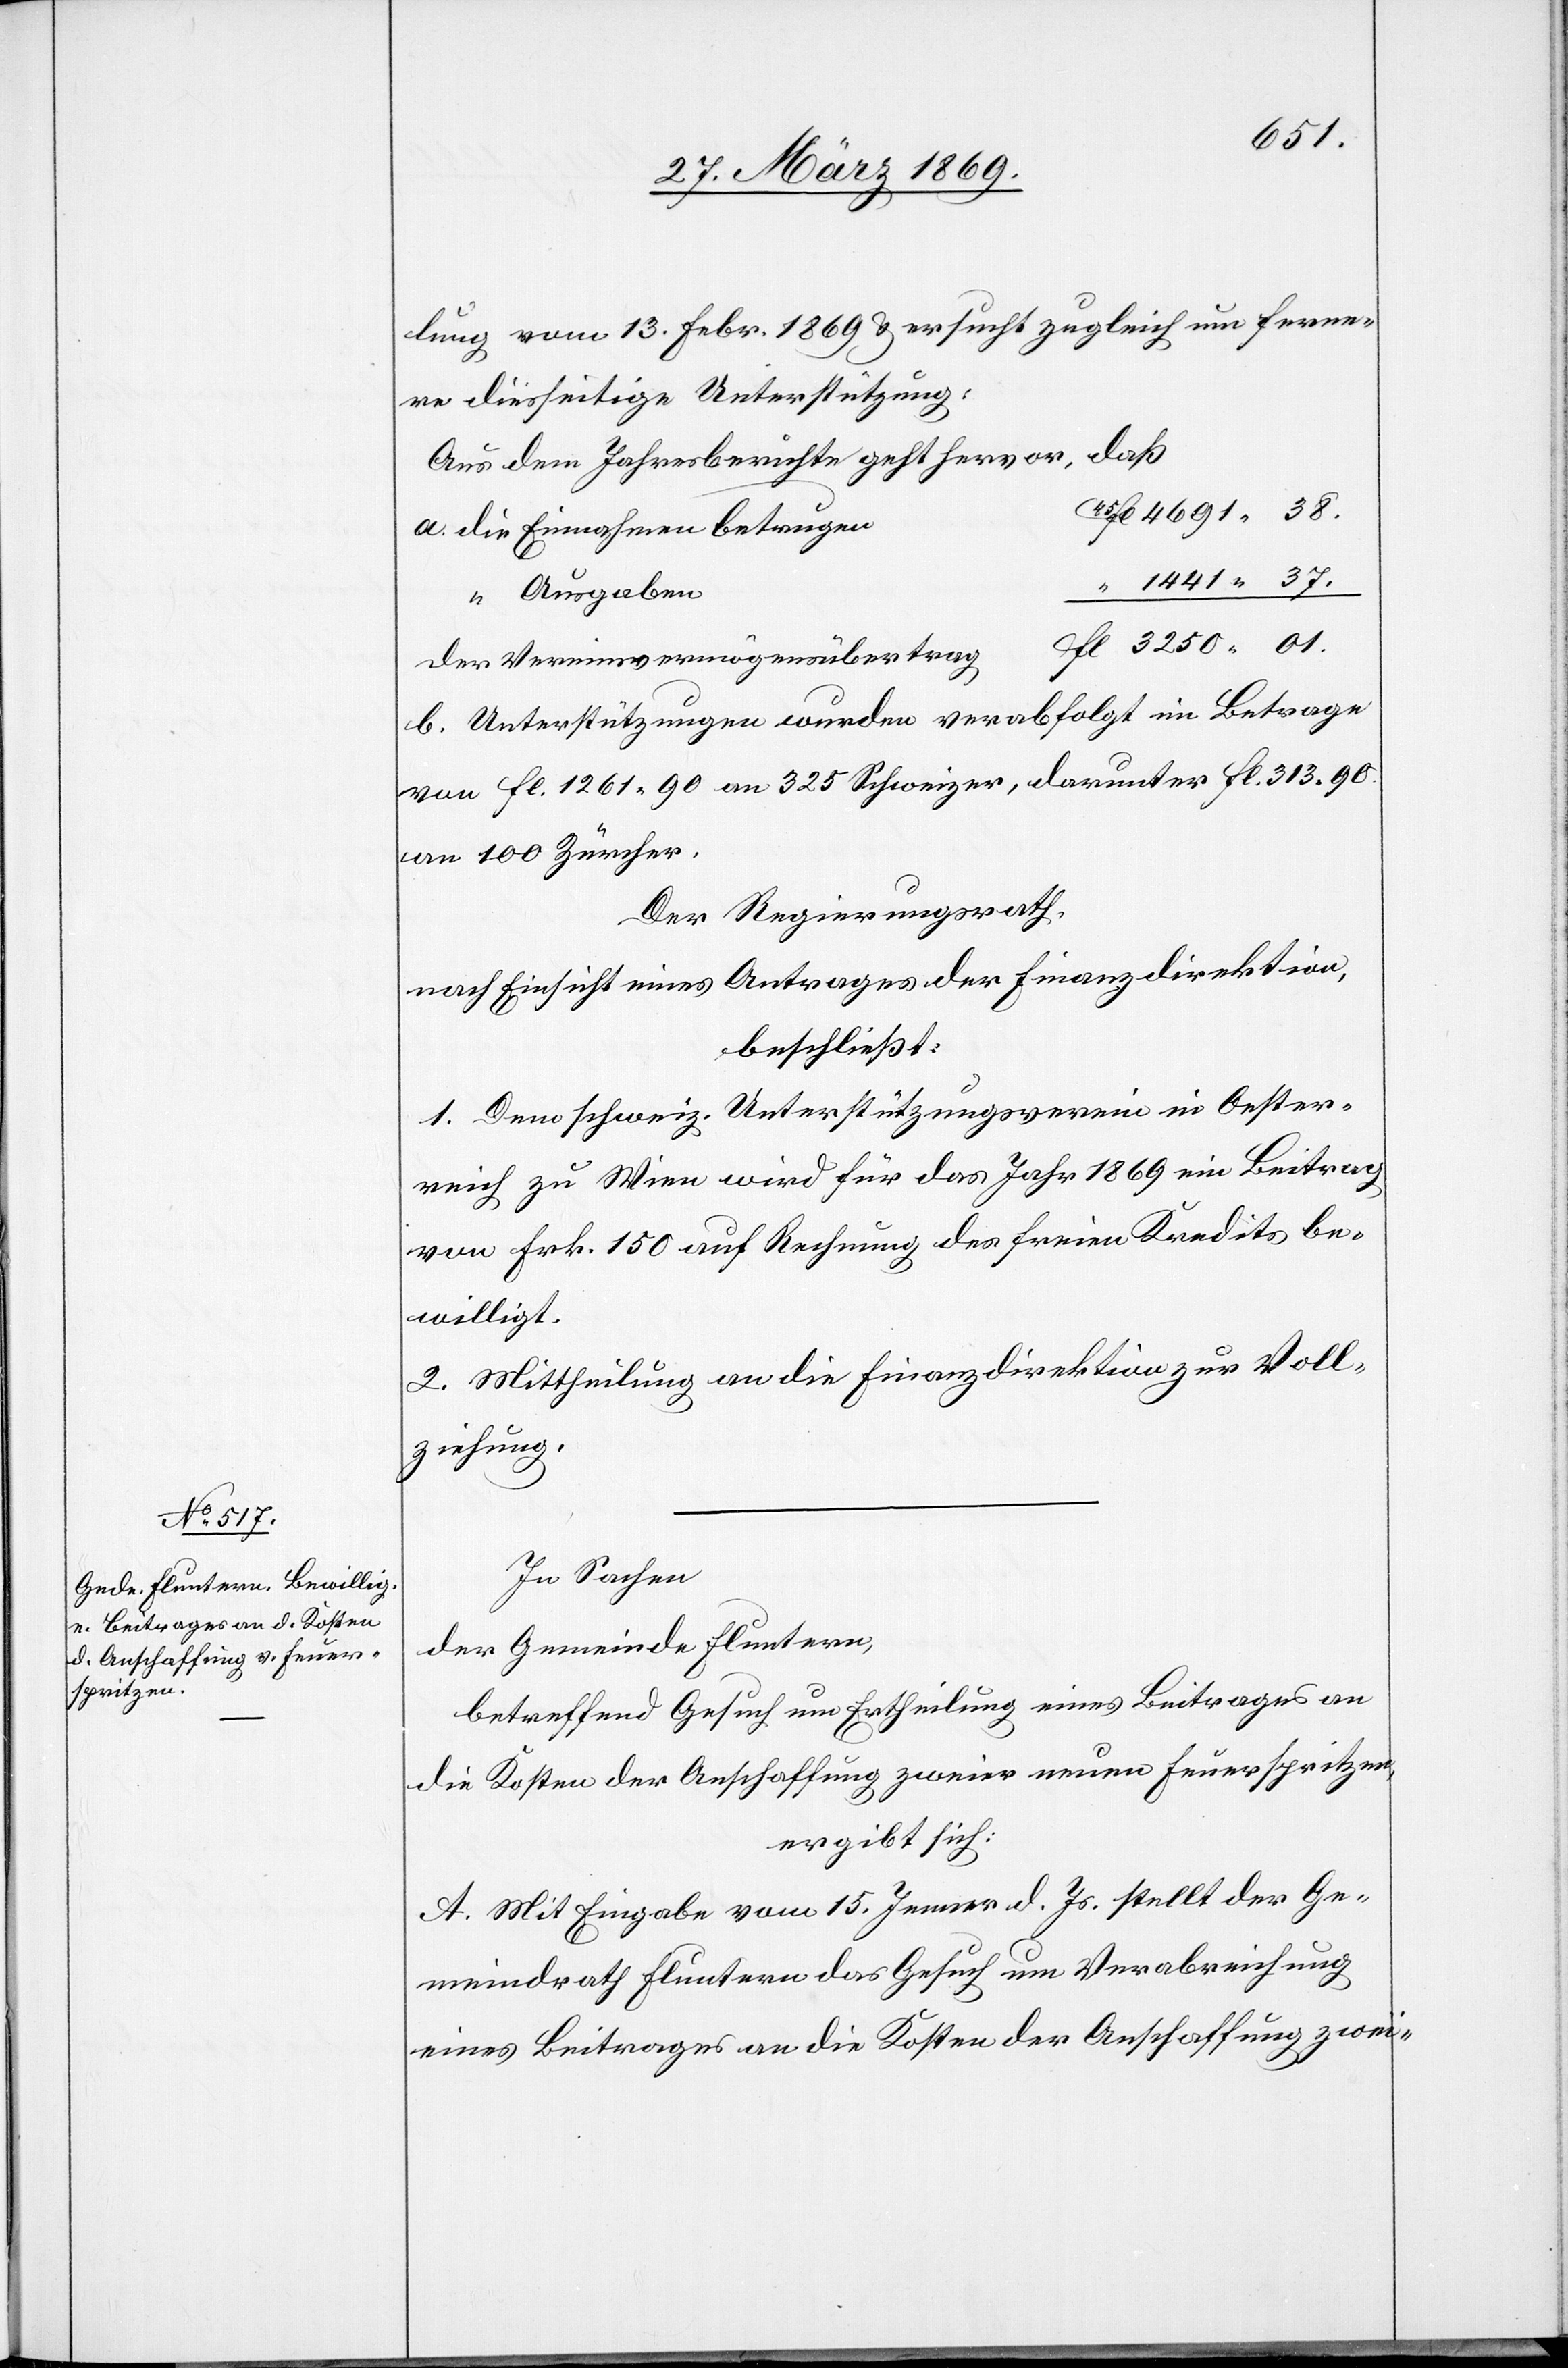
01.
lung vom 13. Febr. 1869 u. ersucht zugleich um ferne¬
re diesseitige Unterstützung:
Aus dem Jahresberichte geht hervor, daß
a. die Einnahmen betrugen
“ Ausgaben
Der Vereinsvermögensübertrag
b. Unterstützungen wurden verabfolgt im Betrage
von Fl. 1261 90 an 325 Schweizer, darunter Fl. 313 90
an 100 Zürcher.
Der Regierungsrath,
nach Einsicht eines Antrages der Finanzdirektion,
beschließt:
1. Dem schweiz. Unterstützungsverein in Oester¬
reich zu Wien wird für das Jahr 1869 ein Beitrag
von Frk. 150 auf Rechnung des freien Kredits be¬
willigt.
2. Mittheilung an die Finanzdirektion zur Voll¬
ziehung.
In Sachen
der Gemeinde Fluntern,
betreffend Gesuch um Ertheilung eines Beitrages an
die Kosten der Anschaffung zweier neuen Feuerspritzen,
ergibt sich:
A. Mit Eingabe vom 15. Jenner d. Js. stellt der Ge¬
meindrath Fluntern das Gesuch um Verabreichung
eines Beitrages an die Kosten der Anschaffung zwei-